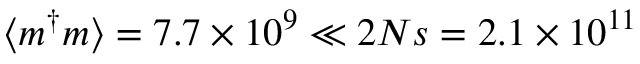
\langle m ^ { \dagger } m \rangle = 7 . 7 \times 1 0 ^ { 9 } \ll 2 N s = 2 . 1 \times 1 0 ^ { 1 1 }